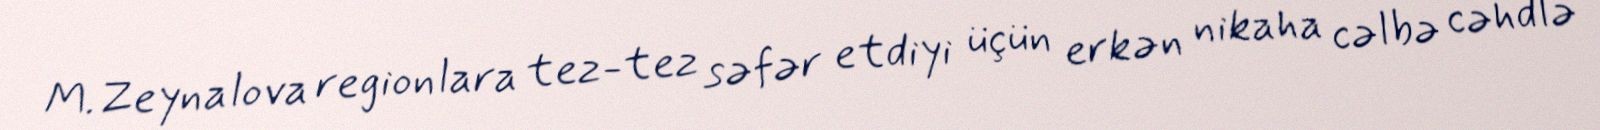
M.Zeynalova regionlara tez-tez səfər etdiyi üçün erkən nikaha cəlbə cəhdlə